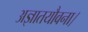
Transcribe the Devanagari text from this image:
अज्ञातयौवना।